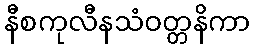
နီစကုလီနသံဝတ္တနိကာ